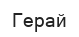
Герай